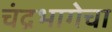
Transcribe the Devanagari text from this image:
चंद्रभागेचा